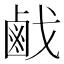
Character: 𢧽